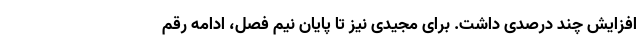
افزایش چند درصدی داشت. برای مجیدی نیز تا پایان نیم فصل، ادامه رقم